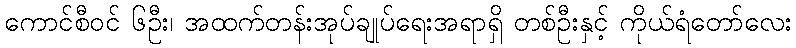
ကောင်စီဝင် ၆ဦး၊ အထက်တန်းအုပ်ချုပ်ရေးအရာရှိ တစ်ဦးနှင့် ကိုယ်ရံတော်လေး